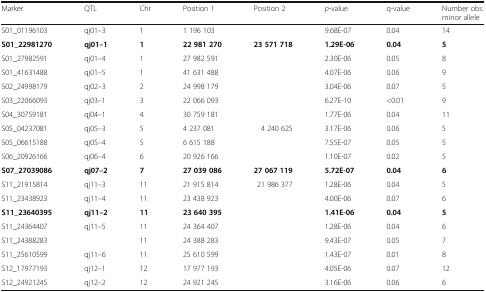
<table><thead><tr><td><b>Marker</b></td><td><b>QTL</b></td><td><b>Chr</b></td><td><b>Position 1</b></td><td><b>Position 2</b></td><td><b><i>p</i>-value</b></td><td><b>q-value</b></td><td><b>Number obs.minor allele</b></td></tr></thead><tbody><tr><td>S01_01196103</td><td>qj01–3</td><td>1</td><td>1 196 103</td><td></td><td>9.68E-07</td><td>0.04</td><td>14</td></tr><tr><td><b>S01_22981270</b></td><td><b>qj01–1</b></td><td><b>1</b></td><td><b>22 981 270</b></td><td><b>23 571 718</b></td><td><b>1.29E-06</b></td><td><b>0.04</b></td><td><b>5</b></td></tr><tr><td>S01_27982591</td><td>qj01–4</td><td>1</td><td>27 982 591</td><td></td><td>2.30E-06</td><td>0.05</td><td>8</td></tr><tr><td>S01_41631488</td><td>qj01–5</td><td>1</td><td>41 631 488</td><td></td><td>4.07E-06</td><td>0.06</td><td>9</td></tr><tr><td>S02_24998179</td><td>qj02–3</td><td>2</td><td>24 998 179</td><td></td><td>3.04E-06</td><td>0.07</td><td>5</td></tr><tr><td>S03_22066093</td><td>qj03–1</td><td>3</td><td>22 066 093</td><td></td><td>6.27E-10</td><td>&lt;0.01</td><td>9</td></tr><tr><td>S04_30759181</td><td>qj04–1</td><td>4</td><td>30 759 181</td><td></td><td>1.77E-06</td><td>0.04</td><td>11</td></tr><tr><td>S05_04237081</td><td>qj05–3</td><td>5</td><td>4 237 081</td><td>4 240 625</td><td>3.17E-06</td><td>0.06</td><td>5</td></tr><tr><td>S05_06615188</td><td>qj05–4</td><td>5</td><td>6 615 188</td><td></td><td>7.55E-07</td><td>0.05</td><td>5</td></tr><tr><td>S06_20926166</td><td>qj06–4</td><td>6</td><td>20 926 166</td><td></td><td>1.10E-07</td><td>0.02</td><td>5</td></tr><tr><td><b>S07_27039086</b></td><td><b>qj07–2</b></td><td><b>7</b></td><td><b>27 039 086</b></td><td><b>27 067 119</b></td><td><b>5.72E-07</b></td><td><b>0.04</b></td><td><b>6</b></td></tr><tr><td>S11_21915814</td><td>qj11–3</td><td>11</td><td>21 915 814</td><td>21 986 377</td><td>1.28E-06</td><td>0.04</td><td>5</td></tr><tr><td>S11_23438923</td><td>qj11–4</td><td>11</td><td>23 438 923</td><td></td><td>4.00E-06</td><td>0.07</td><td>6</td></tr><tr><td><b>S11_23640395</b></td><td><b>qj11–2</b></td><td><b>11</b></td><td><b>23 640 395</b></td><td></td><td><b>1.41E-06</b></td><td><b>0.04</b></td><td><b>5</b></td></tr><tr><td>S11_24364407</td><td>qj11–5</td><td>11</td><td>24 364 407</td><td></td><td>1.28E-06</td><td>0.04</td><td>6</td></tr><tr><td>S11_24388283</td><td></td><td>11</td><td>24 388 283</td><td></td><td>9.43E-07</td><td>0.05</td><td>7</td></tr><tr><td>S11_25610599</td><td>qj11–6</td><td>11</td><td>25 610 599</td><td></td><td>1.43E-07</td><td>0.01</td><td>8</td></tr><tr><td>S12_17977193</td><td>qj12–1</td><td>12</td><td>17 977 193</td><td></td><td>4.05E-06</td><td>0.07</td><td>12</td></tr><tr><td>S12_24921245</td><td>qj12–2</td><td>12</td><td>24 921 245</td><td></td><td>3.16E-06</td><td>0.06</td><td>6</td></tr></tbody></table>